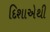
દિશાએથી